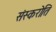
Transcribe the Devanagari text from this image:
संस्करोति